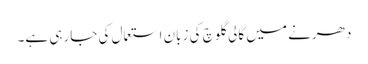
دھرنے میں گالی گلوچ کی زبان استعمال کی جارہی ہے۔